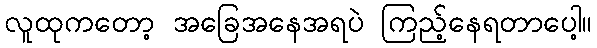
လူထုကတော့ အခြေအနေအရပဲ ကြည့်နေရတာပေါ့။